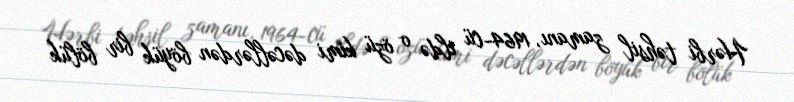
Hərbi təhsil zamanı, 1964-cü ildə o özü kimi dəcəllərdən böyük bir bölük